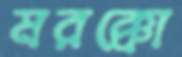
মরক্কো